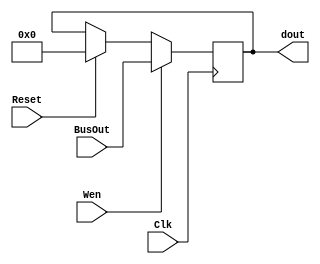
module EOPC(Wen,Reset, BusOut, Clk, dout);
  input Wen, Clk,Reset;
  input[7:0] BusOut;
  output reg[7:0] dout = 8'd0;
  always @(posedge Clk)
    begin
        if  (Wen) 			dout <= BusOut;
		  else if (Reset) 	dout <= 8'd0;
        else    				dout <= dout;
      
    end
endmodule